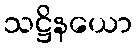
သဋ္ဌိနယော